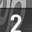
Digit: 2